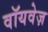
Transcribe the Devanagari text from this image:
वॉयवेज़